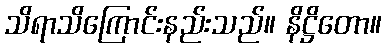
သိရာသိကြောင်းနည်းသည်။ နိဋ္ဌိတော။